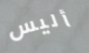
أليس